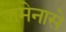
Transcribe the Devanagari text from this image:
जमेनासे